Lunatic asylums in Bengal annual reports 1899-1911 - 1899-1911
Year: 1899
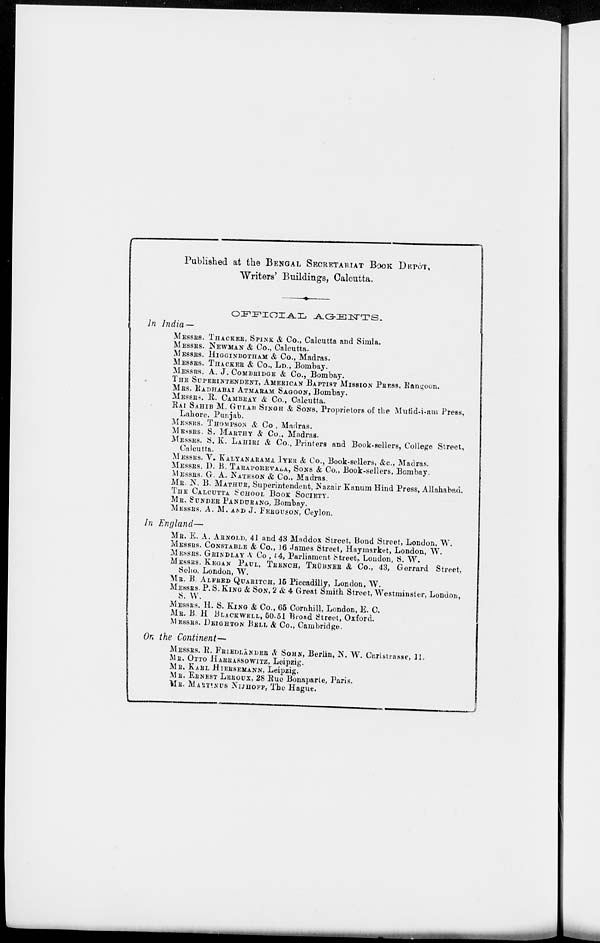
Published at the BENGAL SECRETARIAT BOOK DEPÔT,
Writers' Buildings, Calcutta.
OFFICIAL
AGENTS.
In India —
MESSRS. THACKER, SPINK & Co., Calcutta and Simla.
MESSRS. NEWMAN & Co., Calcutta.
MESSRS. HIGGINBOTHAM & Co., Madras.
MESSRS. THACKER & Co., LD., Bombay.
MESSRS. A. J. COMBRIDGE & Co., Bombay.
THE SUPERINTENDENT, AMERICAN BAPTIST MISSION PRESS, Rangoon.
MRS. RADHABAI ATMARAM SAGOON, Bombay.
MESSES. R. CAMBRAY & Co., Calcutta.
RAI SAHIB M. GULAB SINGH & SONS. Proprietors of the Mufid-i-am Press,
Lahore, Punjab.
MESSRS. THOMPSON & Co., Madras.
MESSRS. S. MARTHY & Co., Madras.
MESSRS. S. K. LAHIRI & Co., Printers and Book-sellers, College Street,
Calcutta.
MESSRS. V. KALYANARAMA IYER & Co., Book-sellers, &c., Madras.
MESSRS. D. B. TARAPOREVALA, SONS & Co., Book-sellers, Bombay.
MESSRS. G. A. NATESON & Co., Madras.
MR. N. B. MATHUR, Superintendent, Nazair Kanum Hind Press, Allahabad.
THE CALCUTTA SCHOOL BOOK SOCIETY.
MR. SUNDER PANDURANG, Bombay.
MESSRS. A. M. AND J. FERGUSON, Ceylon.
In England—
MR. E. A. ARNOLD, 41 and 43 Maddox Street, Bond Street, London, W.
MESSRS. CONSTABLE & Co., 16 James Street, Haymarket, London, W.
MESSRS. GRINDLAY & Co , 14, Parliament street, London, S. W.
MESSRS. KEGAN PAUL, TRENCH, TRÜBNER & Co., 43, Gerrard Street,
Soho, London, W.
MR. B. ALFRED QUARITCH, 15 Piccadilly, London, W.
MESSRS. P. S. KING & SON, 2 & 4 Great Smith Street, Westminster, London,
S. W.
MESSRS. H. S. KING & Co., 65 Cornhill, London, E. C.
MR. B. H BLACKWELL, 50.51 Broad Street, Oxford.
MESSRS. DEIGHTON BELL & Co., Cambridge.
On the Continent—
MESSRS. R. FRIEDLÄNDER & SOHN, Berlin, N. W. Carlstrasse, 11.
MR. OTTO HARRASSOWITZ, Leipzig.
MR. KARL HIERSMANN, Leipzig.
MR. ERNEST LEROUX, 28 Rue Bonaparte, Paris.
MR. MARININUS NIJHOFF, The Hague.